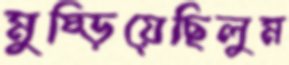
মুষ্‌ড়িয়েছিলুম